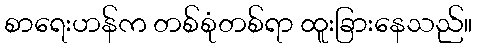
စာရေးဟန်က တစ်စုံတစ်ရာ ထူးခြားနေသည်။